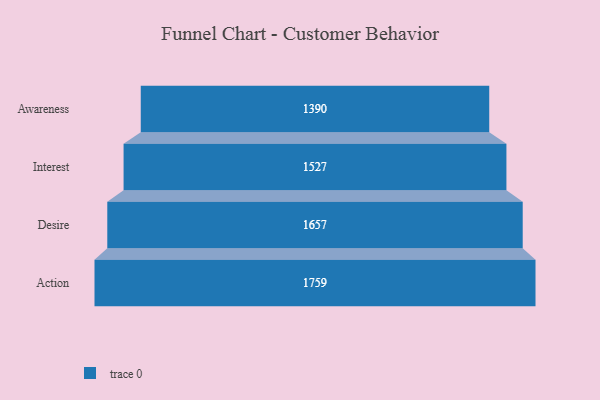
{"axis": {"x": "Stage", "y": "Value"}, "legend": [""], "data": [{"x": "Awareness", "y": 1390.0, "type": ""}, {"x": "Interest", "y": 1527.0, "type": ""}, {"x": "Desire", "y": 1657.0, "type": ""}, {"x": "Action", "y": 1759.0, "type": ""}]}